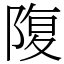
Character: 䧗